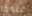
عندما